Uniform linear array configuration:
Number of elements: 24
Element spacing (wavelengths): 1
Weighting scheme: hamming
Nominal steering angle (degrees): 15
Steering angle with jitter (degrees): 15.24
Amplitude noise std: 0.05
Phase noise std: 0.05

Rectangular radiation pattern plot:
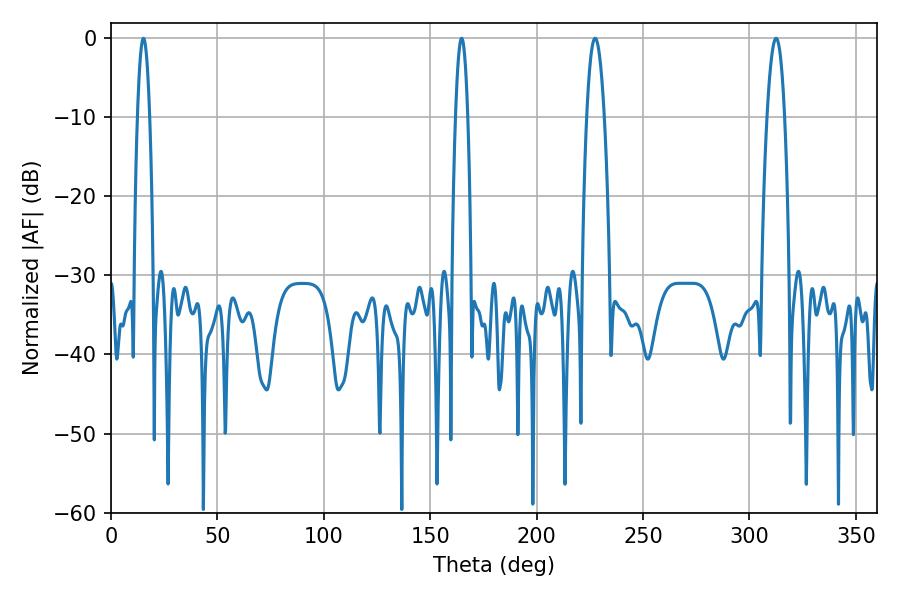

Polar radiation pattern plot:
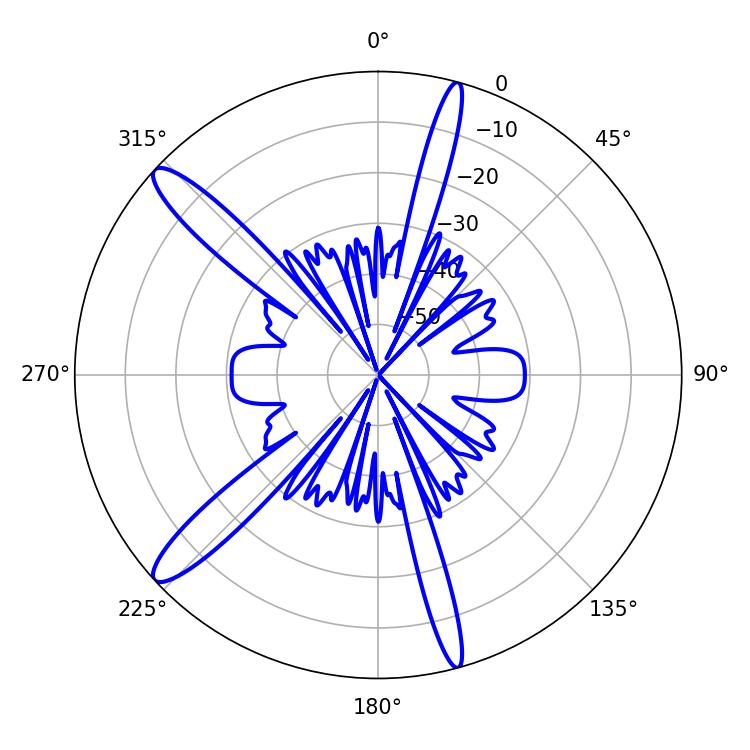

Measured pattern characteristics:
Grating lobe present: TRUE
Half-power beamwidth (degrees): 4.68
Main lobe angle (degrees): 227.52